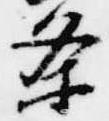
条